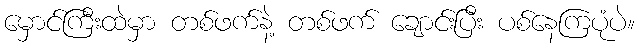
မှောင်ကြီးထဲမှာ တစ်ဖက်နဲ့ တစ်ဖက် ချောင်းပြီး ပစ်နေကြပုံပဲ။